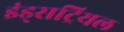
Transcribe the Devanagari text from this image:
इंड्सट्रियल